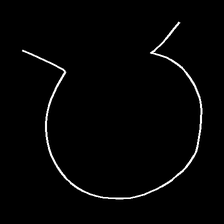
Glyph: weave